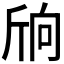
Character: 𣂝